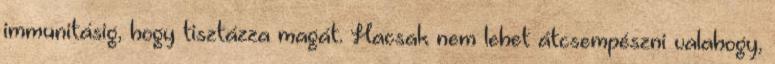
immunitásig, hogy tisztázza magát. Hacsak nem lehet átcsempészni valahogy,